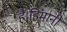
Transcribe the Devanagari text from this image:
हैं।हिमानी